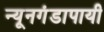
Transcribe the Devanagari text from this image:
न्यूनगंडापायी